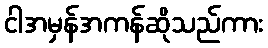
ငါအမှန်အကန်ဆိုသည်ကား